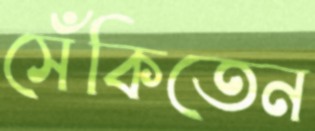
সেঁকিতেন